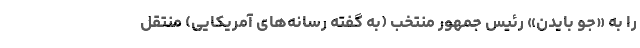
را به «جو بایدن» رئیس جمهور منتخب (به گفته رسانه‌های آمریکایی) منتقل